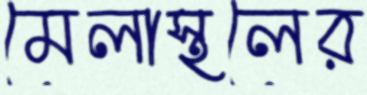
মেলাস্থলের